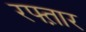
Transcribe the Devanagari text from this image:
रफ्त़ार